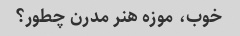
خوب، موزه هنر مدرن چطور؟